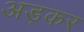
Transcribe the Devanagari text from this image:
अड़कर